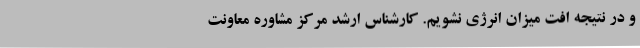
و در نتیجه افت میزان انرژی نشویم. کارشناس ارشد مرکز مشاوره معاونت